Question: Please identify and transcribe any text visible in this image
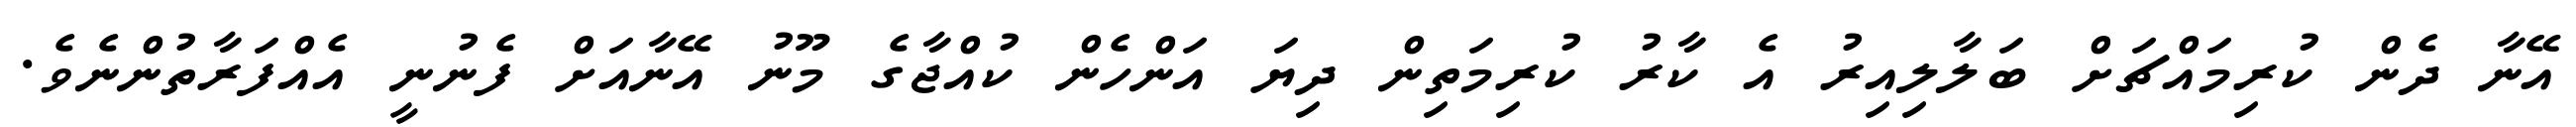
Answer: އޭނާ ދެން ކުރިމައްޗަށް ބަލާލިއިރު އެ ކާރު ކުރިމަތިން ދިޔަ އަންހެން ކުއްޖާގެ މޫނު އޭނާއަށް ފެނުނީ އެއްފަރާތުންނެވެ.